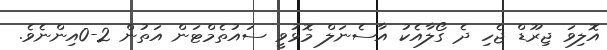
އޮލިވަ ޖިރޫޑް ޖެހި ދެ ގޯލާއެކު އާސެނަލް މޮޅުވީ ސައުތެމްޓަން އަތުން 2-0އިންނެވެ.